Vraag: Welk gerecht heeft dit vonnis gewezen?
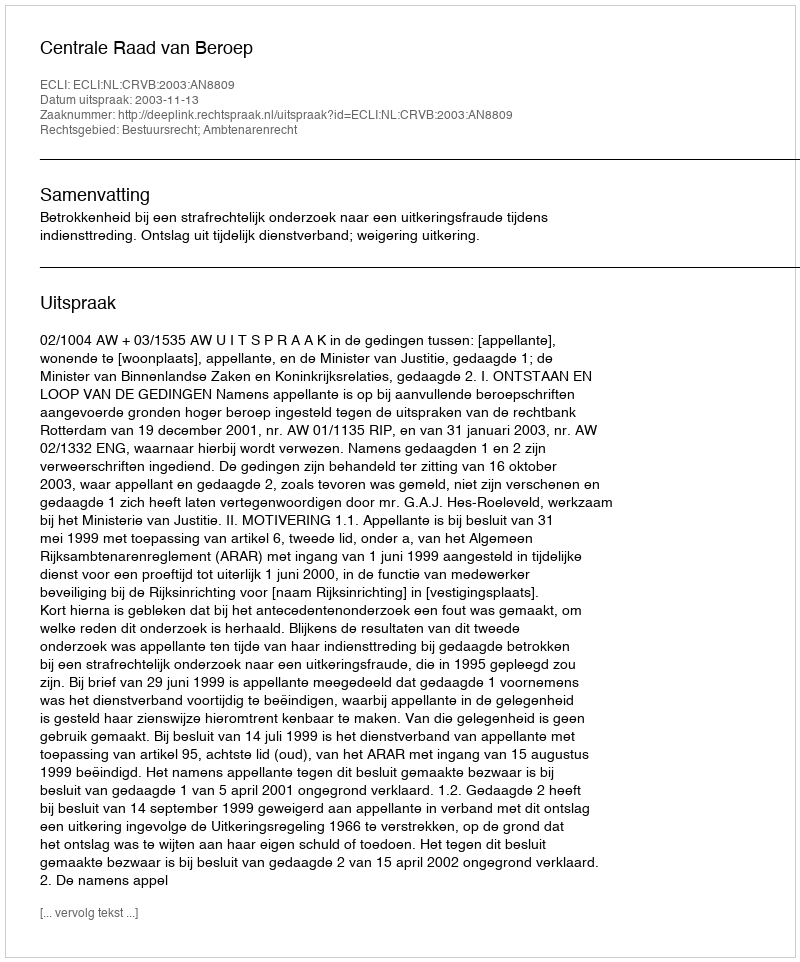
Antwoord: Centrale Raad van Beroep